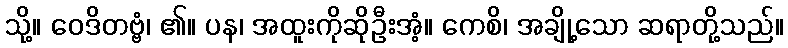
သို့။ ဝေဒိတဗ္ဗံ၊ ၏။ ပန၊ အထူးကိုဆိုဦးအံ့။ ကေစိ၊ အချို့သော ဆရာတို့သည်။